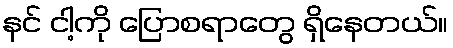
နင် ငါ့ကို ပြောစရာတွေ ရှိနေတယ်။